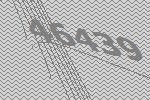
46439